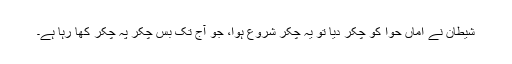
شیطان نے امّاں حوّا کو چکّر دیا تو یہ چکّر شروع ہوا، جو آج تک بس چکّر پہ چکّر کھا رہا ہے۔